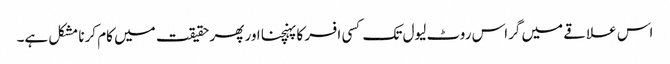
اس علاقے میں گراس روٹ لیول تک کسی افسر کا پہنچنا اور پھر حقیقت میں کام کرنا مشکل ہے۔